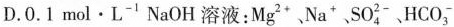
D.0.1 mol·L^{-1}NaOH溶液:Mg ^{2+} Na^{+} SO ^{2-}_{ 4} HCO^{-}_{ 3}